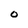
Character: 0